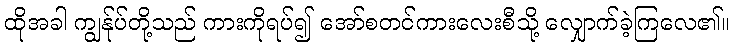
ထိုအခါ ကျွန်ုပ်တို့သည် ကားကိုရပ်၍ အော်စတင်ကားလေးစီသို့ လျှောက်ခဲ့ကြလေ၏။